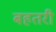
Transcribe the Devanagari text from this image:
बहतरी